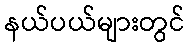
နယ်ပယ်များတွင်